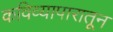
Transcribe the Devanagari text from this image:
कविव्यापारातून